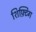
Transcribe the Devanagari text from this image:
शिफ़्टिंग